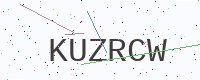
Text: KUZRCW